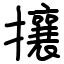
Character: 攘